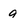
Character: q